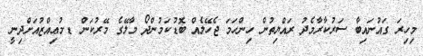
މިހިރަ ގައުނައިބާ ސަރުކާރާމެދު ރައްޔިތުން ހިންހަމަ ޖެހޭލެއް ބޮޑުކަމުންދޯ މާލޭގެ މޭރުކަން ޑ.މުޢިއްޒުއަށްދިނީ